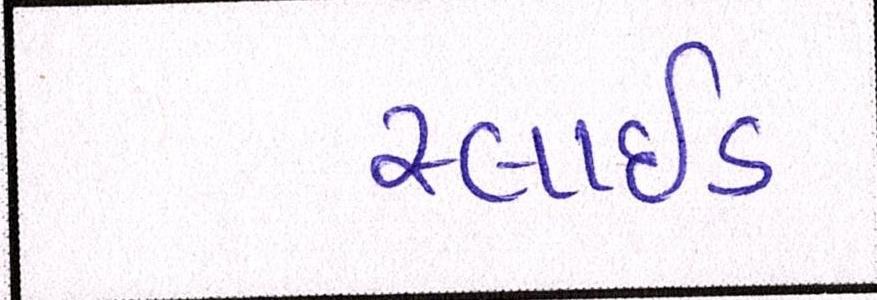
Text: સ્લાઇડ